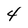
Character: 4